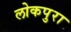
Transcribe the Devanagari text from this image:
लोकपुरा